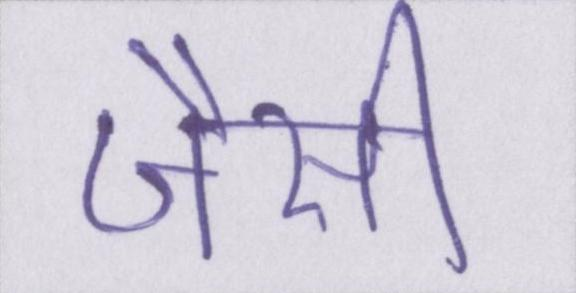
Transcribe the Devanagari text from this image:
जैसी